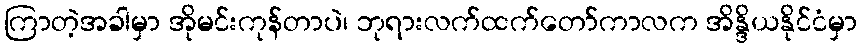
ကြာတဲ့အခါမှာ အိုမင်းကုန်တာပဲ၊ ဘုရားလက်ထက်တော်ကာလက အိန္ဒိယနိုင်ငံမှာ